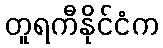
တူရကီနိုင်ငံက